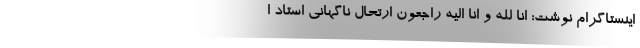
اینستاگرام نوشت: انا لله و انا الیه راجعون ارتحال ناگهانی استاد ا